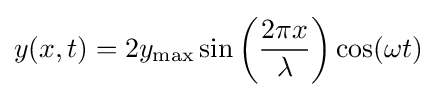
y(x,t)=2y_{\text{max}}\sin \left({2\pi x \over \lambda }\right)\cos(\omega t)